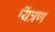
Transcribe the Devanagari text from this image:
यिंत्रण